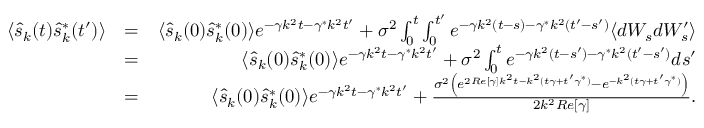
\begin{array} { r l r } { \langle \hat { s } _ { k } ( t ) \hat { s } _ { k } ^ { * } ( t ^ { \prime } ) \rangle } & { = } & { \langle \hat { s } _ { k } ( 0 ) \hat { s } _ { k } ^ { * } ( 0 ) \rangle e ^ { - \gamma k ^ { 2 } t - \gamma ^ { * } k ^ { 2 } t ^ { \prime } } + \sigma ^ { 2 } \int _ { 0 } ^ { t } \int _ { 0 } ^ { t ^ { \prime } } e ^ { - \gamma k ^ { 2 } ( t - s ) - \gamma ^ { * } k ^ { 2 } ( t ^ { \prime } - s ^ { \prime } ) } \langle d W _ { s } d W _ { s } ^ { \prime } \rangle } \\ & { = } & { \langle \hat { s } _ { k } ( 0 ) \hat { s } _ { k } ^ { * } ( 0 ) \rangle e ^ { - \gamma k ^ { 2 } t - \gamma ^ { * } k ^ { 2 } t ^ { \prime } } + \sigma ^ { 2 } \int _ { 0 } ^ { t } e ^ { - \gamma k ^ { 2 } ( t - s ^ { \prime } ) - \gamma ^ { * } k ^ { 2 } ( t ^ { \prime } - s ^ { \prime } ) } d s ^ { \prime } } \\ & { = } & { \langle \hat { s } _ { k } ( 0 ) \hat { s } _ { k } ^ { * } ( 0 ) \rangle e ^ { - \gamma k ^ { 2 } t - \gamma ^ { * } k ^ { 2 } t ^ { \prime } } + \frac { \sigma ^ { 2 } \left( e ^ { 2 R e [ \gamma ] k ^ { 2 } t - k ^ { 2 } ( t \gamma + t ^ { \prime } \gamma ^ { * } ) } - e ^ { - k ^ { 2 } ( t \gamma + t ^ { \prime } \gamma ^ { * } ) } \right) } { 2 k ^ { 2 } R e [ \gamma ] } . } \end{array}